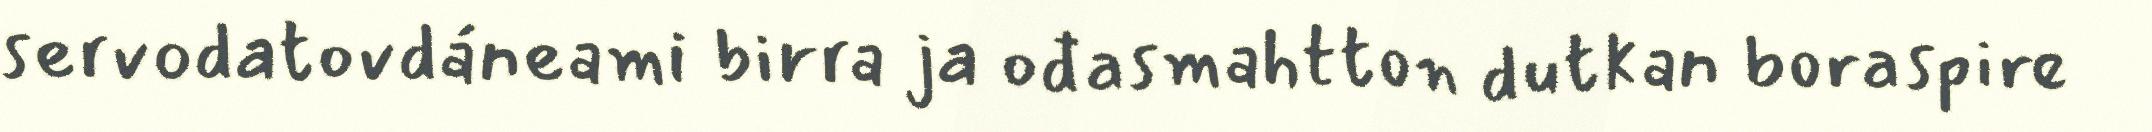
servodatovdáneami birra ja ođasmahtton dutkan boraspire